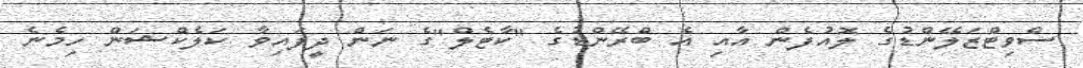
ސްވިޓްޒަލޭންޑުގެ ލޮއުފެން އާއި އެ ބްރޭންޑުގެ "ކާޓެލް"ގެ ނަން ދީފައިވާ ކަލެކްޝަން ހިމެނެ